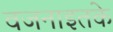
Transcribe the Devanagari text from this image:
वजनाइतके